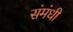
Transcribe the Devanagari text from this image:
संमंधी